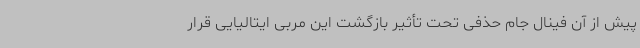
پیش از آن فینال جام حذفی تحت تأثیر بازگشت این مربی ایتالیایی قرار